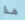
هذا